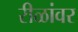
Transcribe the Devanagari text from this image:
रीळांवर